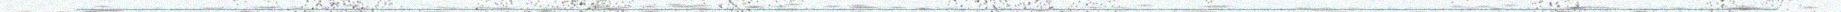
__________________________________________________________________________